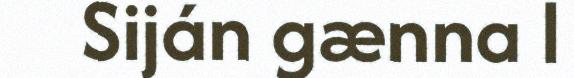
Siján gænna l